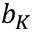
b _ { K }